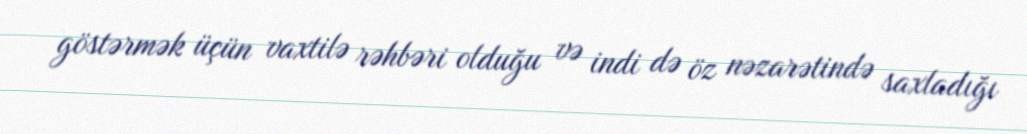
göstərmək üçün vaxtilə rəhbəri olduğu və indi də öz nəzarətində saxladığı